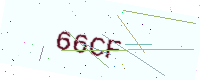
Text: 66CF